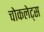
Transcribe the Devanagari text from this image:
चोकलेट्स